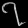
Digit: ၇